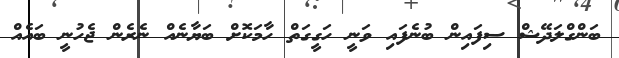
ބަންގްލަދޭޝް ސިފައިން ބުނެފައި ވަނީ ހަގީގަތް ހާމަކޮށް ބަޔާނެއް ނެރެން ޖެހުނީ ބައެއް